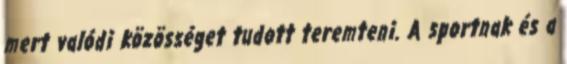
mert valódi közösséget tudott teremteni. A sportnak és a